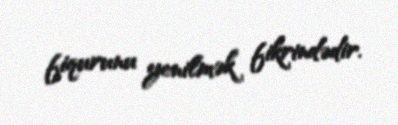
fiqurunu yenilmək fikrindədir.